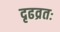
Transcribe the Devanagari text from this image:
दृढव्रतः